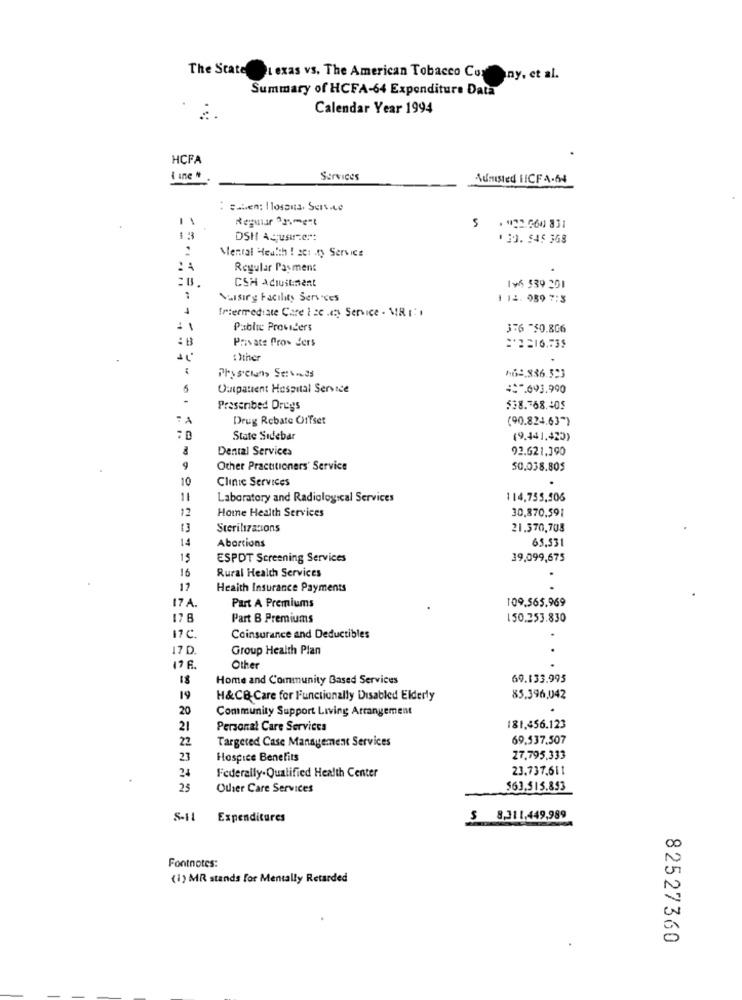
The State i exas vs. The American Tobacco Conny, et al.
Summary of HCFA-64 Expenditure Data
Calendar Year 1994
HCFA
I ine *
Services
Admisted 1ICF 4.64
: saben; l losauta. Service
Reguiar Animent
5
. "22.060 831
13
DSH Acusarzert
130. 545 368
:
Mental Health ! SC1 .ty Service
Regular Payment
CSH adiustinent
Iv6 539 201
1
Nursing Facility Services
1 12. 089 7:3
Intermediate Care | cc .en Service - MIR
1
Public Providers
376 -30.806
:B
Private Pros ders
=2216.735
( )ther
462.836.323
Outpatient Hospital Service
=*. 093.990
Prescribed Dregs
$38.768.405
74
Drug Rebate Offset
(90.824.63")
State Sidebar
(9.441.420)
Dental Services
92.621,390
Other Practitioners' Service
50.038.805
10
Clinic Services
11
Laboratory and Radiological Services
114,755,506
12
Home Health Services
30.870.591
13
Sterilizations
21.370,705
14
Abortions
65,531
15
ESPDT Screening Services
39,099,675
16
Rural Health Services
12
Health Insurance Payments
17.4.
Part A Premiums
109.565.969
178
Part B Premiums
150.253.830
17¢
Coinsurance and Deductibles
17 D.
Group Health Plan
17 6.
Other
18
Home and Community Based Services
69.133.995
19
H&CB- Care for Functionally Disabled Elderly
85.396,042
20
Community Support Living Arrangement
21
Personal Care Services
181.456.123
22
Targeted Case Management Services
69.537.507
23
Hospice Benefits
27.795.333
24
23.737,611
Federally. Qualified Health Center
25
Other Care Services
$63.515.853
S-I
Expenditures
$ 8,311,449,989
Fontnotes:
(1) MR stands for Mentally Retarded
82527360